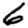
Digit: 6